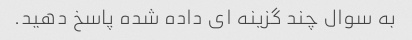
به سوال چند گزینه ای داده شده پاسخ دهید.